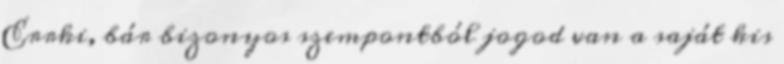
Errki, bár bizonyos szempontból jogod van a saját kis